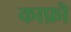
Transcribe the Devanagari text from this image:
काफ़ॊ